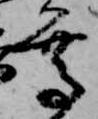
尊